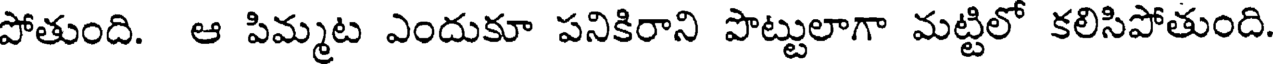
పోతుంది. ఆ పిమ్మట ఎందుకూ పనికిరాని పొట్టులాగా మట్టిలో కలిసిపోతుంది